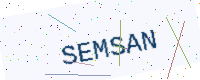
Text: SEMSAN